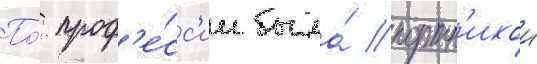
По́ проф'е́сс'ии была́ портн'ихои